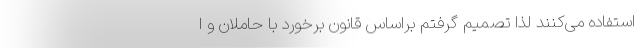
استفاده می‌کنند لذا تصمیم گرفتم براساس قانون برخورد با حاملان و ا